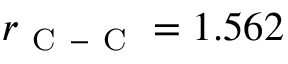
r _ { \mathrm { ~ C ~ - ~ C ~ } } = 1 . 5 6 2